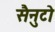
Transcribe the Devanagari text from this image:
सैनुटो